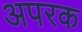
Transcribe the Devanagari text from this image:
अपरक